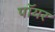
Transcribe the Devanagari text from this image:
पॉयर